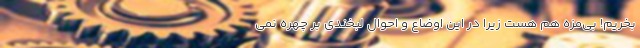
بخریم! بی‌مزه هم هست زیرا در این اوضاع و احوال لبخندی بر چهره نمی